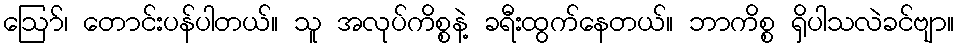
ဪ၊ တောင်းပန်ပါတယ်။ သူ အလုပ်ကိစ္စနဲ့ ခရီးထွက်နေတယ်။ ဘာကိစ္စ ရှိပါသလဲခင်ဗျာ။